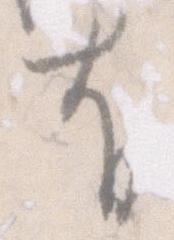
有